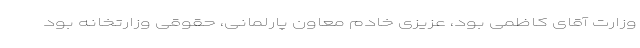
وزارت آقای کاظمی بود، عزیزی خادم معاون پارلمانی، حقوقی وزارتخانه بود